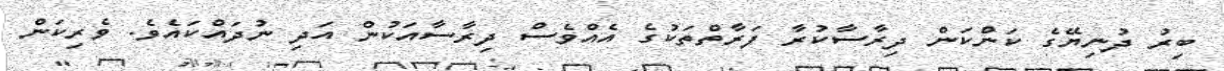
ބިރު ދުނިޔޭގެ ކަންކަން ދިރާސާކުރާ ފަރާތްތަކުގެ އެއްވެސް ދިރާސާއަކުން އަދި ނުދައްކައެވެ. ވެރިކަން